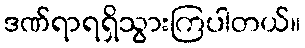
ဒဏ်ရာရရှိသွားကြပါတယ်။